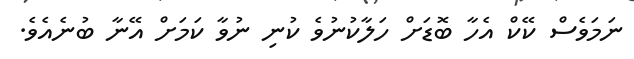
ނަމަވެސް ކޭކް އެހާ ބޮޑަށް ހަލާކުނުވެ ކުނި ނުވާ ކަމަށް އޭނާ ބުނެއެވެ.